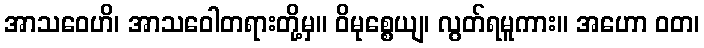
အာသဝေဟိ၊ အာသဝေါတရားတို့မှ။ ဝိမုစ္စေယျ၊ လွတ်ရမူကား။ အဟော ဝတ၊